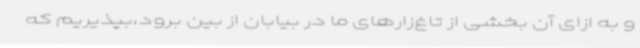
و به ازای آن بخشی از تاغ‌زارهای ما در بیابان از بین برود،بپذیریم که